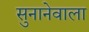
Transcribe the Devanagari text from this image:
सुनानेवाला